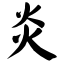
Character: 炎